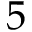
5